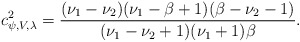
\begin{align*}c^2_{\psi, V,\lambda}=\frac{(\nu_1-\nu_2)(\nu_1-\beta+1)(\beta-\nu_2-1)}{(\nu_1-\nu_2+1)(\nu_1+1)\beta}.\end{align*}